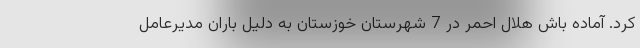
کرد. آماده باش هلال احمر در 7 شهرستان خوزستان به دلیل باران مدیرعامل